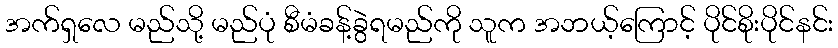
အက်ရှလေ မည်သို့ မည်ပုံ စီမံခန့်ခွဲရမည်ကို သူက အဘယ့်ကြောင့် ပိုင်စိုးပိုင်နင်း